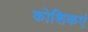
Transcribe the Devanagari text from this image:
कोशिकएं